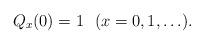
LaTeX: \begin{align*} Q_x(0)=1\ \ (x=0,1,\ldots). \end{align*}